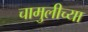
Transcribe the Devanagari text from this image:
चामुलीच्या